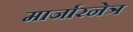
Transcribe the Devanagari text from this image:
मार्जारनेत्र